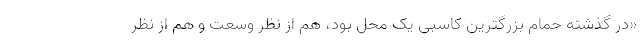
«در گذشته حمام بزرگترین کاسبی یک محل بود، هم از نظر وسعت و هم از نظر